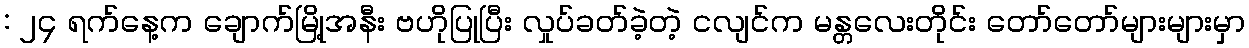
: ၂၄ ရက်နေ့က ချောက်မြို့အနီး ဗဟိုပြုပြီး လှုပ်ခတ်ခဲ့တဲ့ ငလျင်က မန္တလေးတိုင်း တော်တော်များများမှာ